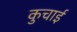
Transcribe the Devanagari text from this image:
कुचार्इ